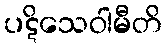
ပဋိသေဝါမီတိ